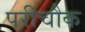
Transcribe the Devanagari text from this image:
परीचौक